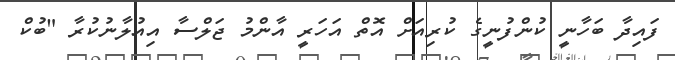
ފައިދާ ބަހާނީ ކުންފުނީގެ ކުރިއަށް އޮތް އަހަރީ އާންމު ޖަލްސާ އިއުލާނުކުރާ "ބުކް